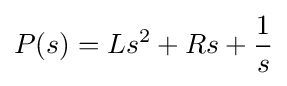
P(s)=Ls^{2}+Rs+{\frac {1}{s}}